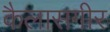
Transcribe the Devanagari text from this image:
कैलासगीर